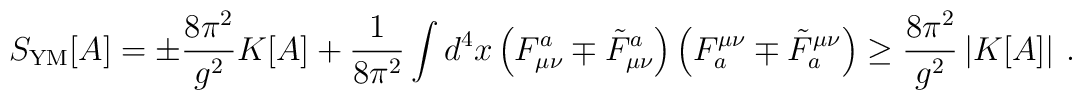
S_{{\rm YM}}[A] = \pm \frac{8\pi^{2}}{g^{2}} K[A]+\frac{1}{8\pi^{2}}	\int d^{4}x \left(F_{\mu\nu}^{a}\mp \tilde{F}_{\mu\nu}^{a}\right) 	\left(F^{\mu\nu}_{a}\mp \tilde{F}^{\mu\nu}_{a}\right) \geq 	\frac{8\pi^{2}}{g^{2}} \left| K[A] \right| \, .